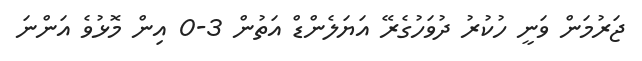
ޖަރުމަން ވަނީ ހުކުރު ދުވަހުގެރޭ އަޔަލެންޑް އަތުން 3-0 އިން މޮޅުވެ އަންނަ